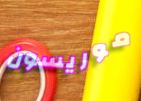
موريسون